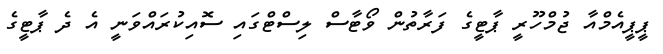
ޕީޕީއެމްއާ ޖުމްހޫރީ ޕާޓީގެ ފަރާތުން ވޯޓާސް ލިސްޓްގައި ސޮއިކުރައްވަނީ އެ ދެ ޕާޓީގެ